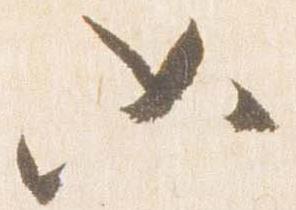
如